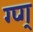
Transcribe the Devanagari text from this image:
ग्प्ग्